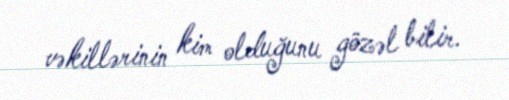
vəkillərinin kim olduğunu gözəl bilir.